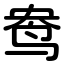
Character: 鸯